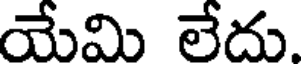
యేమి లేదు.